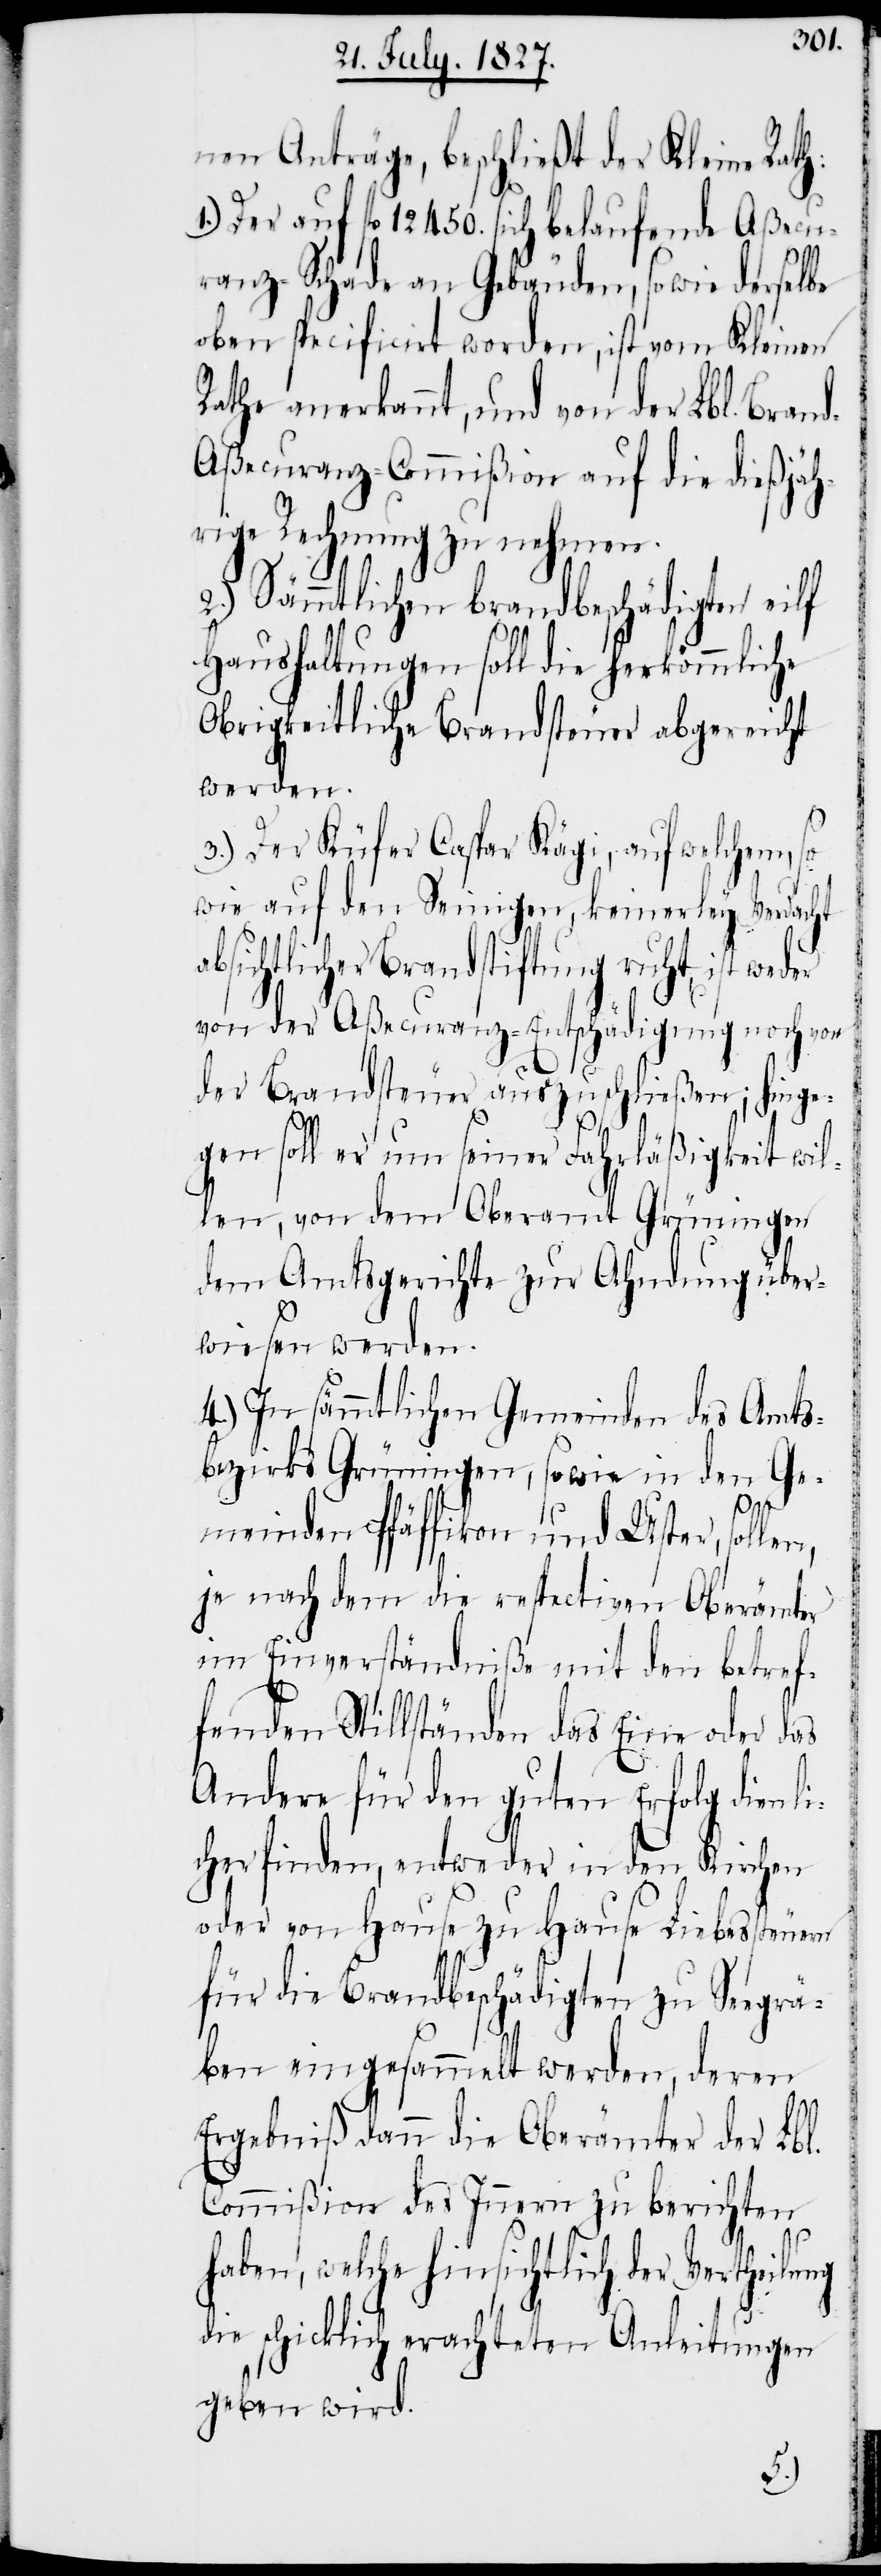
nen Anträge, beschließt der Kleine Rath:
1.) Der auf fl. 12450. sich belaufende Aßecu¬
ranz-Schade an Gebäuden, sowie derselbe
oben specificirt worden, ist vom Kleinen
Rathe anerkannt, und von der Lbl. Bran¬
d-Aßecuranz-Commißion auf die dießjäh¬
rige Rechnung zu nehmen.
2.) Sämmtlichen brandbeschädigten eilf
Haushaltungen soll die herkömmliche
Obrigkeitliche Brandsteuer abgereicht
werden.
3.) Der Küfer Caspar Kägi, auf welchem, so¬
wie auf den Seinigen, keinerley Verdacht
bsichtlicher Brandstiftung ruht, ist
von der Aßecuranz-Entschädigung noch von
der Brandsteuer auszuschließen; hinge¬
gen soll er nun seiner Fahrläßigkeit wil¬
len, von dem Oberamt Grüningen
dem Amtsgerichte zur Ahndung über¬
wiesen werden.
4.) In sämmtlichen Gemeinden des Amts¬
bezirks Grüningen, sowie in den Ge¬
len,
meinden Pfäffikon und Uster, sol¬
je nach dem die respectiven Oberämter
im Einverständniße mit den betref¬
fenden Stillständen das Eine oder das
Andere für den guten Erfolg dienli¬
cher finden, entweder in den Kirchen
oder von Hause zu Hause Liebessteuer
für die Brandbeschädigten zu Seegrä¬
ben eingesammelt werden, deren
Ergebniß dann die Oberämter der Lbl.
Commißion des Innern zu berichten
haben, welche hinsichtlich der Vertheilung
die schicklich erachteten Anleitungen
geben wird.